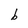
Character: b